Report on sanitation, dispensaries, and jails in Rajputana for 1921, and on vaccination for the year 1921-1922 - 1921-1922
Year: 1921
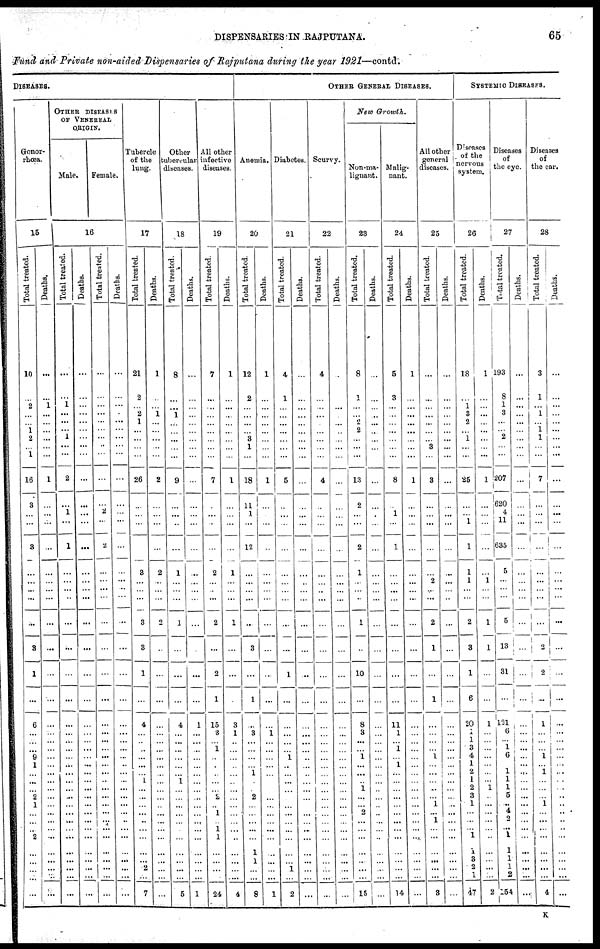
DISPENSARIES IN RAJPUTANA.
65
Fund and Private non-aided Dispensaries of Rajputana during the year 1921—contd.
DISEASES.
Gonor-
rhœa.
15
Total treated.
10
...
2
...
...
1 2
...
1
16
3
...
...
3
...
...
...
...
...
3
1
...
6
...
...
...
9
1
...
...
... 2
1
... ...
...
2
...
...
...
...
...
Deaths.
...
...
1
...
...
...
...
... ...
1
...
...
...
...
...
...
...
...
...
...
...
...
...
...
...
...
...
...
...
...
... ...
...
...
...
...
...
...
... ...
...
...
OTHER DISEASES
OF VENEREAL
ORIGIN.
Male.
Female.
16
Total treated.
...
...
1
...
...
...
1
...
...
2
...
1
...
1
...
...
...
...
...
...
...
...
...
...
...
...
...
...
...
...
... ...
...
...
...
...
...
...
...
...
...
...
Deaths.
...
...
...
...
...
...
...
...
...
...
...
...
...
...
...
...
...
...
...
...
...
...
...
...
... ...
...
...
...
...
...
...
...
...
...
...
...
...
...
...
...
...
Total treated.
...
...
...
...
...
... ...
...
...
...
...
2
...
2
...
...
...
...
...
...
...
...
...
...
...
...
...
...
...
...
...
...
...
...
...
...
...
...
...
...
...
...
Deaths.
...
...
...
...
...
...
...
...
...
...
...
...
...
...
...
...
...
...
...
...
...
...
...
...
... ...
...
...
...
...
...
...
...
...
...
...
...
...
...
...
....
...
Tubercle
of the
lung.
17
Total treated.
21
2
...
2
1
...
...
...
...
26
...
...
...
...
3
...
...
...
3
3
1
...
4
...
...
...
...
...
...
1
... ...
...
...
...
...
...
...
... 2
...
7
Deaths.
1
...
...
1
...
...
...
...
...
2
...
...
...
...
2
...
...
...
2
...
...
...
...
...
...
...
...
...
...
...
...
...
...
... ...
...
...
...
...
...
...
...
Other
tubercular
diseases.
18
Total treated.
8
...
...
1
...
...
...
...
...
9
...
...
...
...
1
...
...
...
1
...
...
...
4
...
...
...
...
...
...
1
...
...
...
...
...
...
...
...
...
...
...
5
Deaths.
...
...
...
...
...
...
...
...
...
...
...
...
...
...
...
...
...
...
...
...
...
...
1
...
...
...
...
...
...
...
... ...
...
... ...
...
...
...
...
...
...
1
All other
infective
diseases.
19
Total treated.
7
...
...
...
...
...
...
...
...
7
...
...
...
...
2
...
...
...
2
...
2
1
15
3
...
1
...
...
...
...
... 2
...
1
...
1
1
...
...
...
...
24
Deaths.
1
...
...
...
...
...
...
...
...
1
...
...
...
...
1
...
...
...
1
...
...
...
3
1
...
...
...
...
...
...
...
...
...
...
...
...
...
...
...
...
....
4
OTHER GENERAL DISEASES.
Anemia.
20
Total treated.
12
2
...
...
...
...
3
1
...
18
11
1
...
12
...
...
...
...
...
3
...
1
...
3
...
...
...
...
1
...
... 2
...
...
...
...
...
1
1
...
...
8
Deaths.
1
...
...
...
...
...
...
...
...
1
...
...
...
...
...
...
...
...
...
...
...
...
...
1
...
...
...
...
...
...
...
...
...
...
...
...
...
...
...
...
...
1
Diabetes.
21
Total treated.
4
1
...
...
...
...
...
...
...
5
...
...
...
...
...
...
...
...
...
...
1
...
...
...
...
...
1
...
...
...
...
...
...
...
...
...
...
...
...
1
...
2
Deaths.
...
...
...
...
...
...
...
...
...
...
...
...
...
...
...
...
...
...
...
...
...
...
...
...
...
...
...
...
...
...
...
...
...
...
...
...
...
...
...
...
...
...
Scurvy.
22
Total treated.
4
...
...
...
...
...
...
...
...
4
...
...
...
...
...
...
...
...
...
...
...
...
...
...
...
...
...
...
...
...
...
...
...
...
...
...
...
...
...
...
...
...
Deaths.
...
...
...
...
...
...
...
...
...
...
...
...
...
...
...
...
...
...
...
...
...
...
...
...
...
...
...
...
...
...
...
...
...
...
...
...
...
...
...
...
...
...
New
Growth.
Non-ma-
lignant.
23
Total treated.
8
1
...
...
2
2
...
...
...
13
2
...
...
2
1
...
...
...
1
...
10
...
8
3
...
...
1
...
...
...
1
...
...
2
...
...
...
...
...
...
...
15
Deaths.
...
...
...
...
...
...
...
...
...
...
...
...
...
...
...
...
...
...
...
...
...
...
...
...
...
...
...
...
...
...
...
...
...
...
...
...
...
...
...
...
...
...
Malig-
nant.
24
Total treated.
5
3
...
...
...
...
...
...
...
8
...
1
...
1
...
...
...
...
...
...
...
...
11
1
...
1
...
1
...
...
...
...
...
...
...
...
...
...
...
...
...
14
Deaths.
1
...
...
...
...
...
...
...
...
1
...
...
...
...
...
...
...
...
...
...
...
...
...
...
...
...
...
...
...
...
...
...
...
...
...
...
...
...
...
...
...
...
All other
general
diseases.
25
Total treated.
...
...
...
...
...
...
...
3
...
3
...
...
...
...
...
2
...
...
2
1
...
1
...
...
...
...
1
...
...
...
...
...
1
...
1
...
...
...
...
...
...
3
Deaths.
...
...
...
...
...
...
...
...
...
...
...
...
...
...
...
...
...
...
...
...
...
...
...
...
...
...
...
...
...
...
...
...
...
...
...
...
...
...
...
...
...
...
SYSTEMIC DISEASES.
Diseases
of the
nervous
system.
26
Total treated.
18
...
1
3
2
...
1
...
...
25
...
...
1
1
1
1
...
...
2
3
1
6
20
1
1
3
4
1
2
1
2
3
1
...
...
...
1
1
3
2
1
47
Deaths.
1
...
...
...
...
...
...
...
...
1
...
...
...
...
...
1
...
...
1
1
...
...
1
...
...
...
...
...
...
...
1
...
...
...
...
...
...
...
... ...
...
2
Diseases
of
the eye.
27
Total treated.
193
8
1
3
...
... 2
...
...
207
620
4
11
635
5
...
...
...
5
13
31
...
121
6
...
1
6
...
1
1
1
5
...
4
2
...
1
1
1
1
2
154
Deaths.
...
...
...
...
...
...
...
...
...
...
...
...
...
...
...
...
...
...
...
...
...
...
...
...
...
...
...
...
...
...
...
...
...
...
...
...
...
...
...
...
...
...
Diseases
of
the ear.
28
Total treated.
3
1
...
1
...
1
1
...
...
7
...
...
...
...
...
...
...
...
...
2
2
...
1
...
...
...
1
...
1
...
...
...
1
... ...
...
...
...
...
...
...
4
Deaths.
...
...
...
...
...
...
...
...
...
...
...
...
...
...
...
...
...
...
...
...
...
...
...
...
...
...
...
...
...
...
... ...
...
..
...
..
...
...
...
...
...
...
K